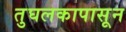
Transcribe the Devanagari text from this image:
तुघलकापासून